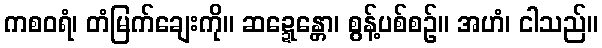
ကစဝရံ၊ တံမြက်ချေးကို။ ဆဍ္ဍေန္တော၊ စွန့်ပစ်စဉ်။ အဟံ၊ ငါသည်။